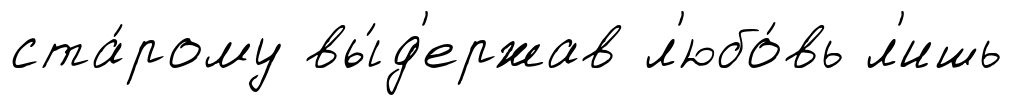
ста́рому вы́д'ержав л'юбо́вь л'ишь